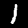
Label: 1